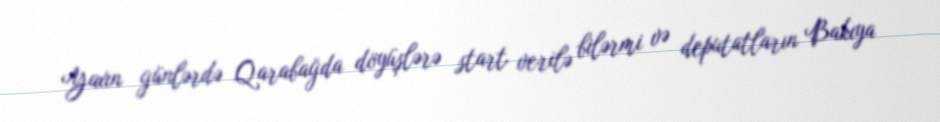
Yaxın günlərdə Qarabağda döyüşlərə start verilə bilərmi və deputatların Bakıya